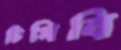
টিসিবি